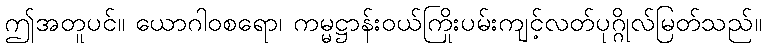
ဤအတူပင်။ ယောဂါဝစရော၊ ကမ္မဋ္ဌာန်းဝယ်ကြိုးပမ်းကျင့်လတ်ပုဂ္ဂိုလ်မြတ်သည်။